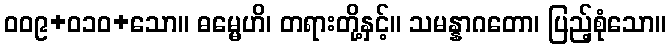
ဝဝ၉+၀၁ဝ+သော။ ဓမ္မေဟိ၊ တရားတို့နှင့်။ သမန္နာဂတော၊ ပြည့်စုံသော။